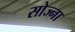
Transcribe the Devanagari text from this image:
सोज्ना